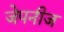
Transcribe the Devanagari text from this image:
जेपनीज